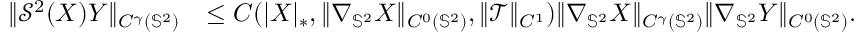
\begin{array} { r l } { \| \mathcal { S } ^ { 2 } ( \boldsymbol { X } ) \boldsymbol { Y } \| _ { C ^ { \gamma } ( \mathbb { S } ^ { 2 } ) } } & { \leq C ( | \boldsymbol { X } | _ { * } , \| \nabla _ { \mathbb { S } ^ { 2 } } \boldsymbol { X } \| _ { C ^ { 0 } ( \mathbb { S } ^ { 2 } ) } , \| \mathcal { T } \| _ { C ^ { 1 } } ) \| \nabla _ { \mathbb { S } ^ { 2 } } \boldsymbol { X } \| _ { C ^ { \gamma } ( \mathbb { S } ^ { 2 } ) } \| \nabla _ { \mathbb { S } ^ { 2 } } \boldsymbol { Y } \| _ { C ^ { 0 } ( \mathbb { S } ^ { 2 } ) } . } \end{array}